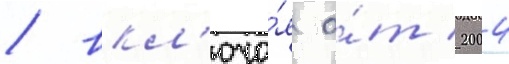
/ вкл'юча́я о́т 2004